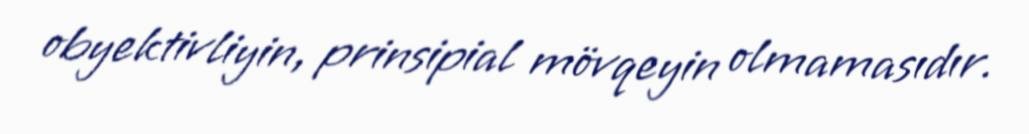
obyektivliyin, prinsipial mövqeyin olmamasıdır.